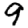
Digit: 9